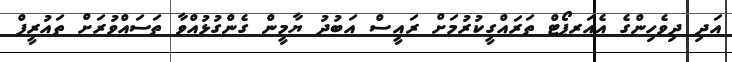
އަދި ދިވެހިންގެ އެއަރޕޯޓް ތަރައްގީކުރުމަށް ރައީސް އަބުދު ޔާމީން ގެންގުޅުއްވާ ތަސައްވުރަށް ތައުރީފް